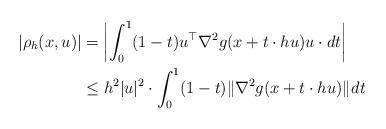
LaTeX: \begin{align*}|\rho_h(x,u)| &= \left|\int_0^1 (1-t)u^\top\nabla^2 g(x+t\cdot hu)u\cdot dt\right| \\&\leq h^2|u|^2 \cdot \int_0^1 (1-t)\|\nabla^2 g(x+t\cdot hu)\|_{} dt\end{align*}